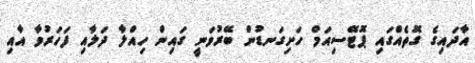
އާދައިގެ ގޮތެއްގައި ޕޮޓޭސިއަމް ހަށިގަނޑުން ބޭރުވަނީ ގައިން ހިއްލާ ދަލާއި ފަހަރުވާ އާއި